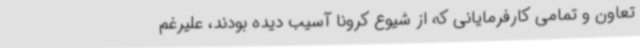
تعاون و تمامی کارفرمایانی که از شیوع کرونا آسیب دیده بودند، علیرغم